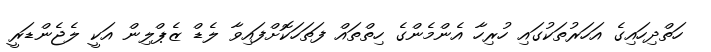
ހަތްދިހައިގެ އަހަރުތަކުގައި ހުރިހާ އެންމެންގެ ހިތްތައް ފަތަހަކޮށްފައިވާ ލެޑް ޒެޕްލިން އަކީ ލެޖެންޑަރީ